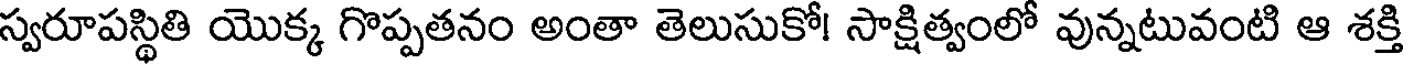
స్వరూపస్థితి యొక్క గొప్పతనం అంతా తెలుసుకో! సాక్షిత్వంలో వున్నటువంటి ఆ శక్తి